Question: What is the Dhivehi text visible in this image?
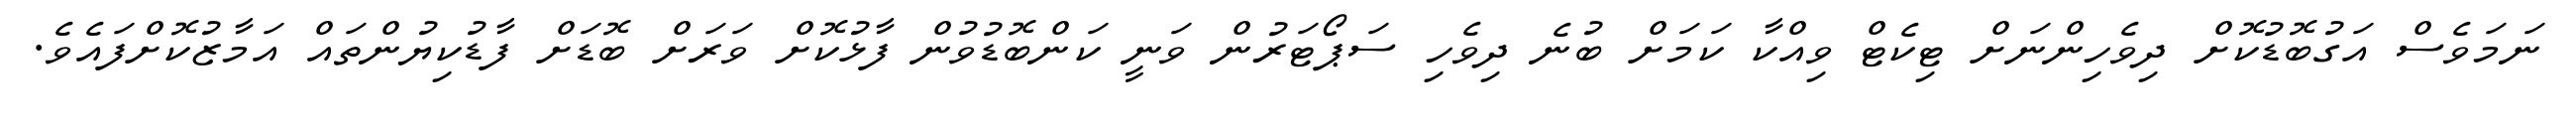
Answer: ނަމަވެސް އަގުބޮޑުކޮށް ދިވެހިންނަށް ޓިކެޓް ވިއްކާ ކަމަށް ބުނެ ދިވެހި ސަޕޯޓަރުން ވަނީ ކަންބޮޑުވުން ފާޅުކޮށް ވަރަށް ބޮޑަށް ފާޑުކިޔުންތައް އަމާޒުކޮށްފައެވެ.